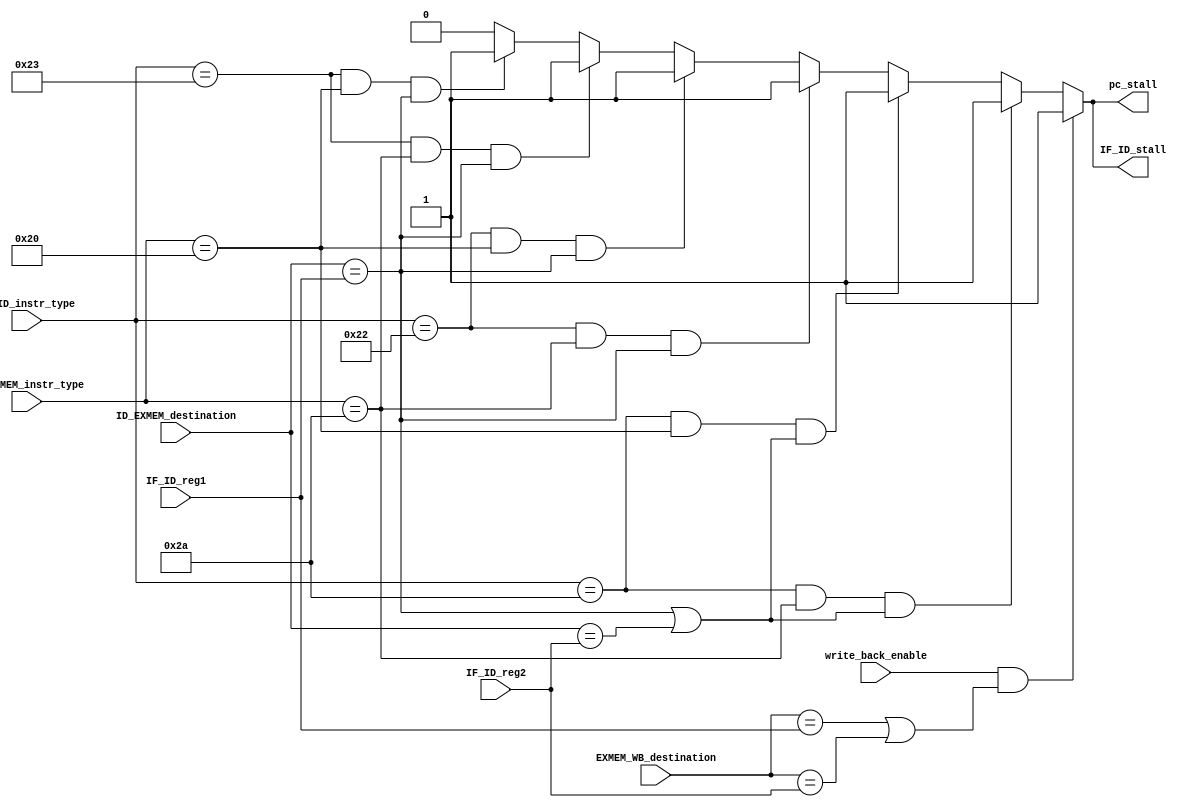
module HDU (
  input  write_back_enable, 
  input[0:4]  EXMEM_WB_destination, 
  input[0:4]  ID_EXMEM_destination,
  input[0:4]  IF_ID_reg1, IF_ID_reg2,
  input[0:5]  IF_ID_instr_type, 
  input[0:5]  ID_EXMEM_instr_type,
  output reg pc_stall, 
  output reg IF_ID_stall
);

always @(*) begin
  if(write_back_enable & ((EXMEM_WB_destination == IF_ID_reg1) | (EXMEM_WB_destination == IF_ID_reg2))) begin
    pc_stall        = 1;
    IF_ID_stall     = 1;
  end 
  else if((IF_ID_instr_type == 6'b101010) & (ID_EXMEM_instr_type == 6'b101010) & ((ID_EXMEM_destination == IF_ID_reg1) | (ID_EXMEM_destination == IF_ID_reg2))) begin
    pc_stall        = 1;
    IF_ID_stall     = 1;
  end
  else if((IF_ID_instr_type == 6'b101010) & (ID_EXMEM_instr_type == 6'b100000) & ((ID_EXMEM_destination == IF_ID_reg1) | (ID_EXMEM_destination == IF_ID_reg2))) begin 
    pc_stall        = 1;
    IF_ID_stall     = 1;
  end
  else if((IF_ID_instr_type == 6'b100010) & (ID_EXMEM_instr_type == 6'b101010) & (ID_EXMEM_destination == IF_ID_reg1)) begin//beq R
    pc_stall        = 1;
    IF_ID_stall     = 1;
  end
  else if((IF_ID_instr_type == 6'b100010) & (ID_EXMEM_instr_type == 6'b100000) & (ID_EXMEM_destination == IF_ID_reg1)) begin//beq load
    pc_stall        = 1;
    IF_ID_stall     = 1;
  end
  else if((IF_ID_instr_type == 6'b100011) & (ID_EXMEM_instr_type == 6'b101010) & (ID_EXMEM_destination == IF_ID_reg1)) begin//bneq R
    pc_stall        = 1;
    IF_ID_stall     = 1;
  end
  else if((IF_ID_instr_type == 6'b100011) & (ID_EXMEM_instr_type == 6'b100000) & (ID_EXMEM_destination == IF_ID_reg1)) begin//bneq load
    pc_stall        = 1;
    IF_ID_stall     = 1;
  end
  else begin
    pc_stall        = 0;
    IF_ID_stall     = 0;
  end    
end


endmodule